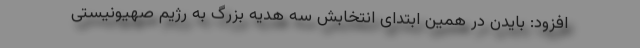
افزود: بایدن در همین ابتدای انتخابش سه هدیه بزرگ به رژیم صهیونیستی